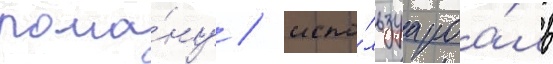
рома́ну / испо́льзуа роа́ль